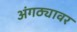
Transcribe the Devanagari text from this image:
अंगठ्यावर